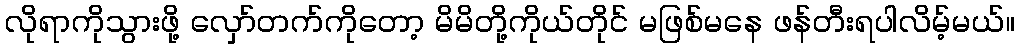
လိုရာကိုသွားဖို့ လှော်တက်ကိုတော့ မိမိတို့ကိုယ်တိုင် မဖြစ်မနေ ဖန်တီးရပါလိမ့်မယ်။